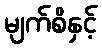
မျက်စိနှင့်